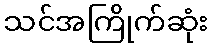
သင်အကြိုက်ဆုံး